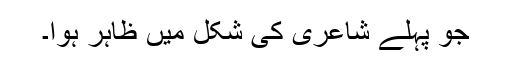
جو پہلے شاعری کی شکل میں ظاہر ہُوا۔